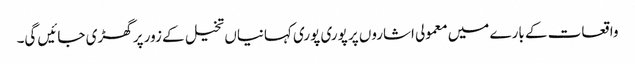
واقعات کے بارے میں معمولی اشاروں پر پوری پوری کہانیاں تخیل کے زور پر گھڑی جائیں گی۔